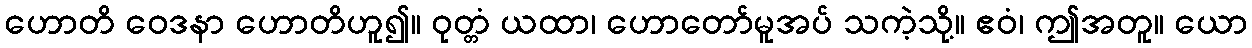
ဟောတိ ဝေဒနာ ဟောတိဟူ၍။ ဝုတ္တံ ယထာ၊ ဟောတော်မူအပ် သကဲ့သို့။ ဧဝံ၊ ဤအတူ။ ယော